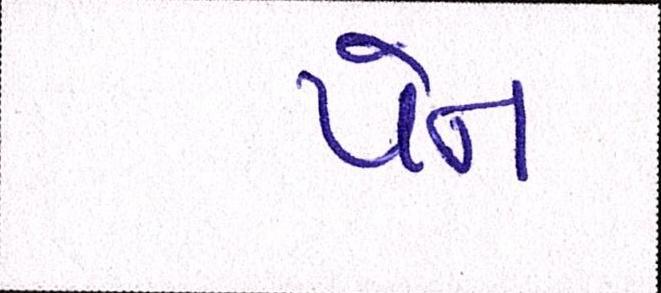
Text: પેન